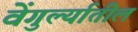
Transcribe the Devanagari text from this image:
वेंगुर्ल्यातील